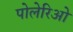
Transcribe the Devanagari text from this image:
पोलेरिओ